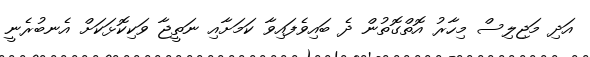
އަދި މަޖިލިސް މިހާރު އޮތްގޮތުން ދެ ބައިވެފައިވާ ކަމަށާއި ނަތީޖާ ވަކިކޮޅަކަށް އެނބުރެނީ